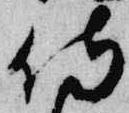
侍